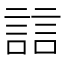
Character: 誩